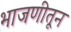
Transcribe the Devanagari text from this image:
भाजणीतून